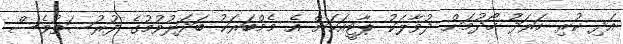
އަދި ކުރި ހަރަދު ހޯދުމަށް ދުވާލަކު ޕާޓީއަކަށް އެ މެމްބަރަކު ބަދަލުވުމުގެ ފުރުސަތުވެސް